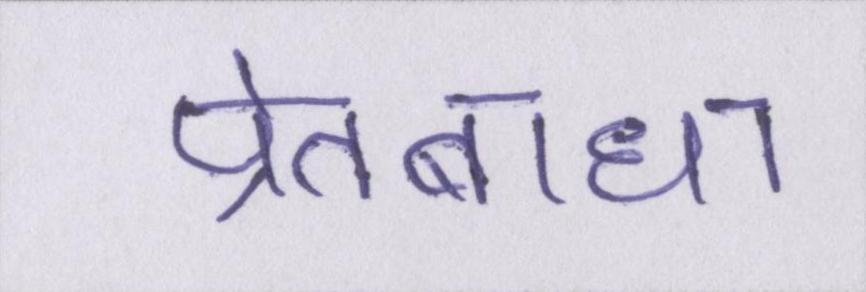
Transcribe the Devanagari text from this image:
प्रेतबाधा